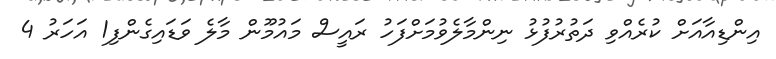
އިންޑިއާއަށް ކުރެއްވި ދަތުރުފުޅު ނިންމާލެވުމަށްފަހު ރައީސް މައުމޫން މާލެ ވަޑައިގެންފި1 އަހަރު 4